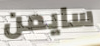
سايمن